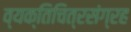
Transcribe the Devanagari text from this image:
व्यक्तिचित्रसंग्रह